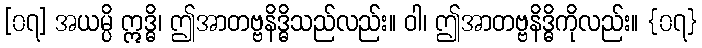
[၀၇] အယမ္ပိ ဣဒ္ဓိ၊ ဤအာတဗ္ဗနိဒ္ဓိသည်လည်း။ ဝါ၊ ဤအာတဗ္ဗနိဒ္ဓိကိုလည်း။ {၀၇}